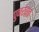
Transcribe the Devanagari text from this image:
पुनर्रचन